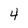
Character: 4